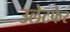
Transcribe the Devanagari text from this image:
उलेटफेर